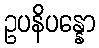
ဥပနိပန္နော